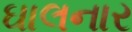
ઘાલનાર